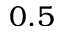
0 . 5